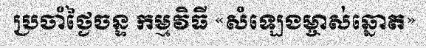
ប្រចាំថ្ងៃចន្ទ កម្មវិធី «សំឡេងម្ចាស់ឆ្នោត»